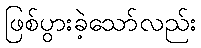
ဖြစ်ပွားခဲ့သော်လည်း